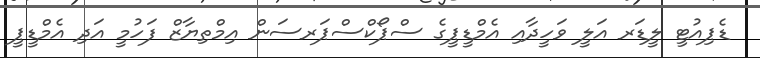
ޑެޕިއުޓީ ލީޑަރ އަލީ ވަހީދާއި އެމްޑީޕީގެ ސްޕޯކްސްޕަރސަން އިމްތިޔާޒް ފަހުމީ އަދި އެމްޑީޕީ